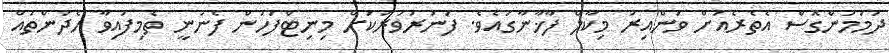
ދަމަމުންގޮސް އެތެރެއަށް ވަންއިރު މިކާލް ފާޚާނާގައެވެ. ފަނަރަވަރަކަށް މިނިޓްފަހުން ފެނުނީ ތެމިފައިވާ ހެދުންތައް